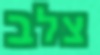
צלב